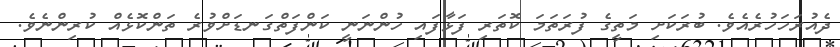
ދެއުރަހަހުރެއެވެ. ބުރަކަށި މަތީގެ ފުރަތަމަ ކޮތަރި ފަޅާފައި ހުންނަނީ ކަންފަތްގަނޑަށްވުރެ ތަންކޮޅެއް ކުރިންނެވެ.